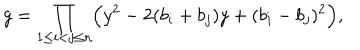
g = \prod _ { 1 \leq i < j \leq n } \Bigl ( y ^ { 2 } - 2 ( b _ { i } + b _ { j } ) y + ( b _ { i } - b _ { j } ) ^ { 2 } \Bigr ) ,